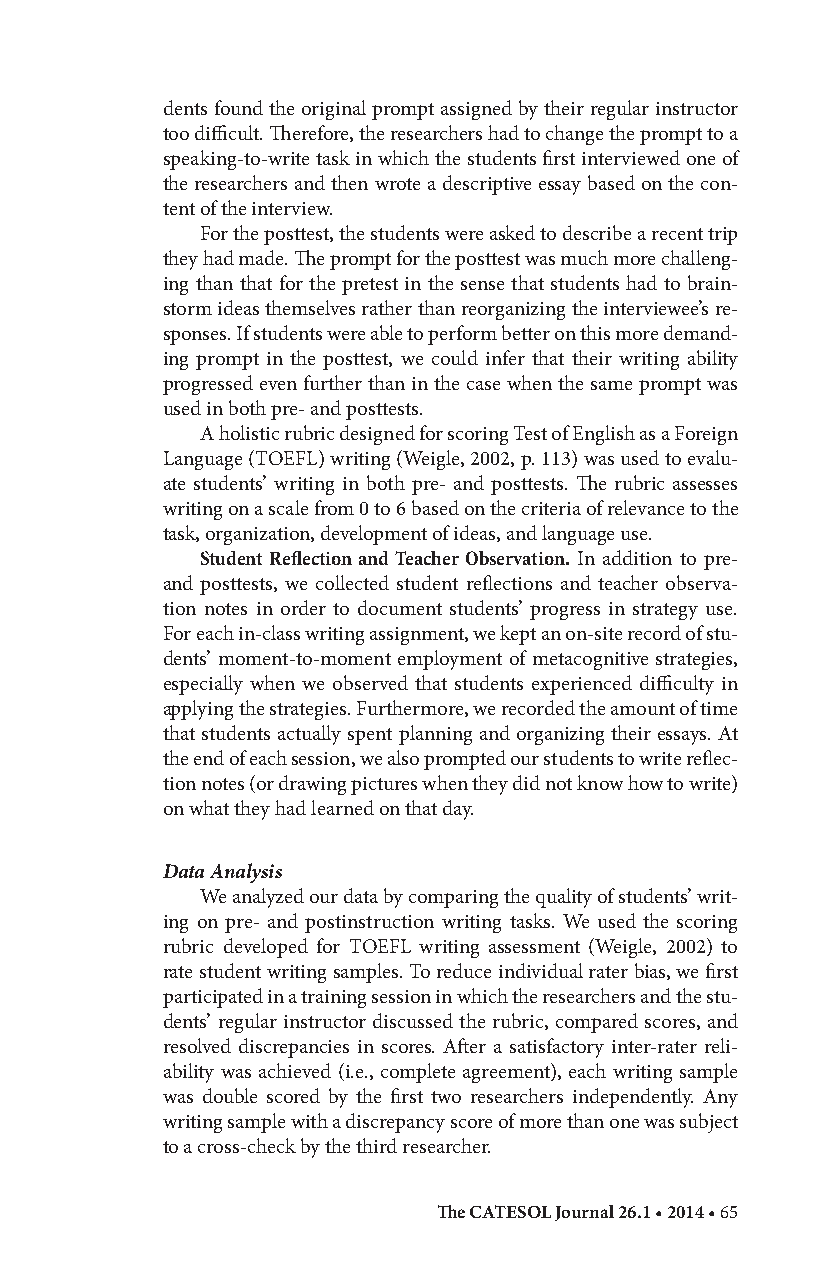
dents found the original prompt assigned by their regular instructor
 too difficult. Therefore, the researchers had to change the prompt to a
 speaking-to-write task in which the students first interviewed one of
 the researchers and then wrote a descriptive essay based on the con-
 tent of the interview.
 For the posttest, the students were asked to describe a recent trip
 they had made. The prompt for the posttest was much more challeng-
 ing than that for the pretest in the sense that students had to brain-
 storm ideas themselves rather than reorganizing the interviewee’s re-
 sponses. If students were able to perform better on this more demand-
 ing prompt in the posttest, we could infer that their writing ability
 progressed even further than in the case when the same prompt was
 used in both pre- and posttests.
 A holistic rubric designed for scoring Test of English as a Foreign
 Language (TOEFL) writing (Weigle, 2002, p. 113) was used to evalu-
 ate students’ writing in both pre- and posttests. The rubric assesses
 writing on a scale from 0 to 6 based on the criteria of relevance to the
 task, organization, development of ideas, and language use.
 Student Reflection and Teacher Observation. In addition to pre-
 and posttests, we collected student reflections and teacher observa-
 tion notes in order to document students’ progress in strategy use.
 For each in-class writing assignment, we kept an on-site record of stu-
 dents’ moment-to-moment employment of metacognitive strategies,
 especially when we observed that students experienced difficulty in
 applying the strategies. Furthermore, we recorded the amount of time
 that students actually spent planning and organizing their essays. At
 the end of each session, we also prompted our students to write reflec-
 tion notes (or drawing pictures when they did not know how to write)
 on what they had learned on that day.
 Data Analysis
 We analyzed our data by comparing the quality of students’ writ-
 ing on pre- and postinstruction writing tasks. We used the scoring
 rubric developed for TOEFL writing assessment (Weigle, 2002) to
 rate student writing samples. To reduce individual rater bias, we first
 participated in a training session in which the researchers and the stu-
 dents’ regular instructor discussed the rubric, compared scores, and
 resolved discrepancies in scores. After a satisfactory inter-rater reli-
 ability was achieved (i.e., complete agreement), each writing sample
 was double scored by the first two researchers independently. Any
 writing sample with a discrepancy score of more than one was subject
 to a cross-check by the third researcher.
 The CATESOL Journal 26.1 • 2014 • 65